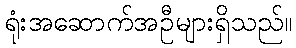
ရုံးအဆောက်အဦများရှိသည်။